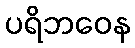
ပရိဘဝေန